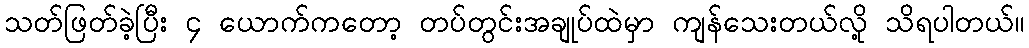
သတ်ဖြတ်ခဲ့ပြီး ၄ ယောက်ကတော့ တပ်တွင်းအချုပ်ထဲမှာ ကျန်သေးတယ်လို့ သိရပါတယ်။